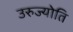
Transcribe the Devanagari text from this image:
उरुज्योति